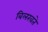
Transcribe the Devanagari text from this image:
बिलखते